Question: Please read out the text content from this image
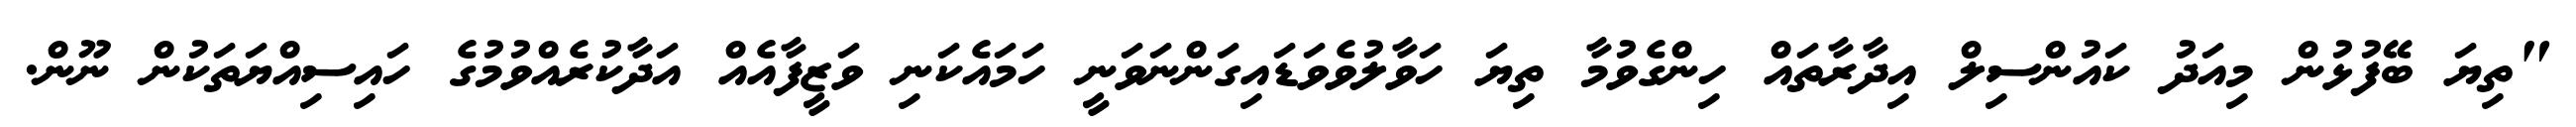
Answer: "ތިޔަ ބޭފުޅުން މިއަދު ކައުންސިލް އިދާރާތައް ހިންގެވުމާ ތިޔަ ހަވާލުވެވަޑައިގަންނަވަނީ ހަމައެކަނި ވަޒީފާއެއް އަދާކުރެއްވުމުގެ ހައިސިއްޔަތަކުން ނޫން.